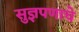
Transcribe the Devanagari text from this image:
सुज्ञपणाचे